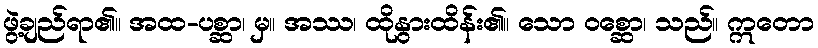
ဖွဲ့ချည်ရာ၏။ အထ-ပစ္ဆာ၊ မှ။ အဿ၊ ထိုနွားထိန်း၏။ သော ဝစ္ဆော၊ သည်။ ဣတော